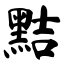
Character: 黠